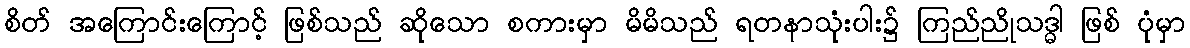
စိတ် အကြောင်းကြောင့် ဖြစ်သည် ဆိုသော စကားမှာ မိမိသည် ရတနာသုံးပါး၌ ကြည်ညိုသဒ္ဓါ ဖြစ် ပုံမှာ